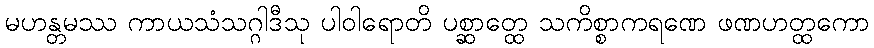
မဟန္တမဿ ကာယသံသဂ္ဂါဒီသု ပါဝါရောတိ ပစ္ဆာတ္ထေ သကိစ္စာကရဏေ ဖဏဟတ္ထကော